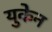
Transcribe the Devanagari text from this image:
युकेन